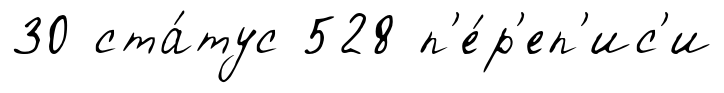
30 ста́тус 528 п'е́р'еп'ис'и